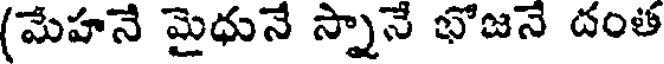
(మేహనే మైధునే స్నానే భోజనే దంత